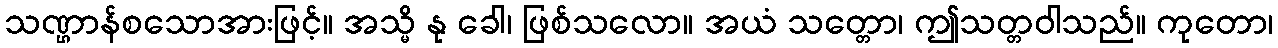
သဏ္ဌာန်စသောအားဖြင့်။ အသ္မိ နု ခေါ၊ ဖြစ်သလော။ အယံ သတ္တော၊ ဤသတ္တဝါသည်။ ကုတော၊